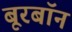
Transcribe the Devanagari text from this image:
बूरबॉन